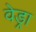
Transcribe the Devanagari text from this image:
वेड्रा